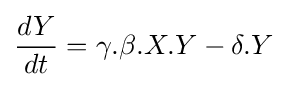
{\frac {dY}{dt}}=\gamma .\beta .X.Y-\delta .Y